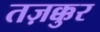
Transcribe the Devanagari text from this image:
तज़क्कुर